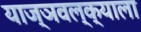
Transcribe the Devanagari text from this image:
याज्ञवल्क्याला